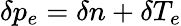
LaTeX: \delta p_{e}=\delta n+\delta T_{e}